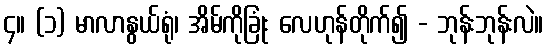
၄။ (၁) မာလာနွယ်ရုံ၊ အိမ်ကိုခြုံး လေဟုန်တိုက်၍ - ဘုန်းဘုန်းလဲ။